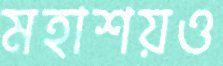
মহাশয়ও